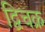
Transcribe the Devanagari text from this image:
द्विचक्र